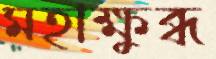
মহাক্ষুব্ধ